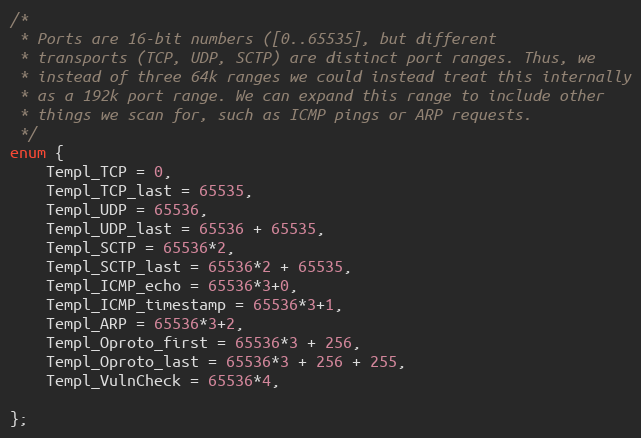
Language: C
/*
 * Ports are 16-bit numbers ([0..65535], but different
 * transports (TCP, UDP, SCTP) are distinct port ranges. Thus, we
 * instead of three 64k ranges we could instead treat this internally
 * as a 192k port range. We can expand this range to include other
 * things we scan for, such as ICMP pings or ARP requests.
 */
enum {
    Templ_TCP = 0,
    Templ_TCP_last = 65535,
    Templ_UDP = 65536,
    Templ_UDP_last = 65536 + 65535,
    Templ_SCTP = 65536*2,
    Templ_SCTP_last = 65536*2 + 65535,
    Templ_ICMP_echo = 65536*3+0,
    Templ_ICMP_timestamp = 65536*3+1,
    Templ_ARP = 65536*3+2,
    Templ_Oproto_first = 65536*3 + 256,
    Templ_Oproto_last = 65536*3 + 256 + 255,
    Templ_VulnCheck = 65536*4,

};